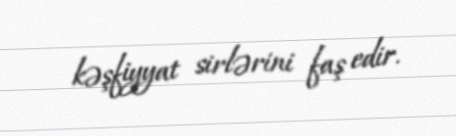
kəşfiyyat sirlərini faş edir.